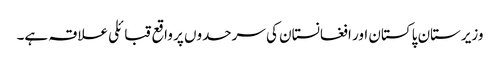
وزیرستان پاکستان اور افغانستان کی سرحدوں پر واقع قبائلی علاقہ ہے۔